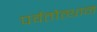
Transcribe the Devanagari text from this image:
पर्वतोत्‍थान